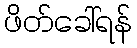
ဖိတ်ခေါ်ရန်